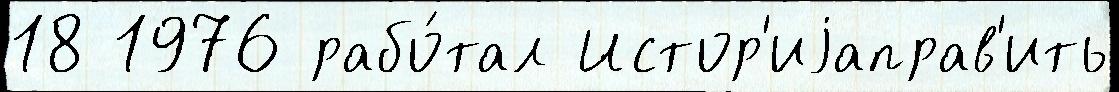
18 1976 рабо́тал Истор'иjаправ'ить